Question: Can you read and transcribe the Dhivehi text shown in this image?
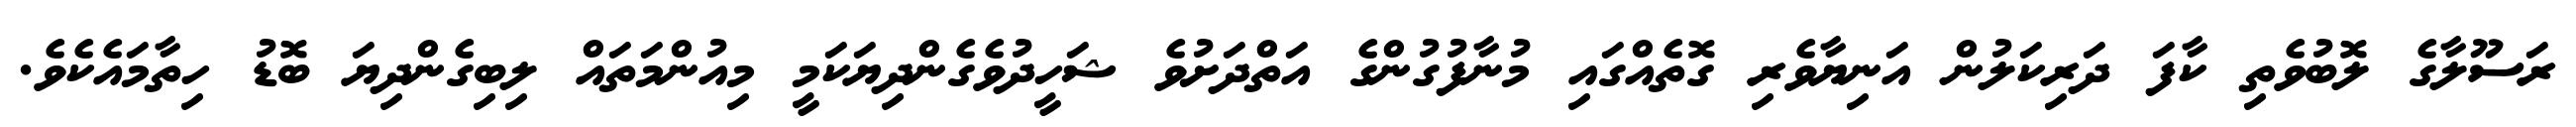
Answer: ރަސޫލާގެ ލޮބުވެތި ކާފަ ދަރިކަލުން އަނިޔާވެރި ގޮތެއްގައި މުނާފުގުންގެ އަތްދަށުވެ ޝަހީދުވެގެންދިޔަކަމީ މިއުންމަތައް ލިބިގެންދިޔަ ބޮޑު ހިތާމައެކެވެ.